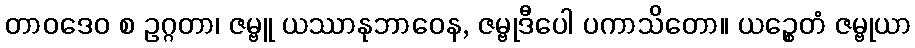
တာဝဒေဝ စ ဥဂ္ဂတာ၊ ဇမ္ဗူ ယဿာနုဘာဝေန, ဇမ္ဗုဒီပေါ ပကာသိတော။ ယဉ္စေတံ ဇမ္ဗုယာ